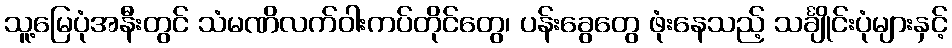
သူ့မြေပုံအနီးတွင် သံမဏိလက်ဝါးကပ်တိုင်တွေ၊ ပန်းခွေတွေ ဖုံးနေသည့် သင်္ချိုင်းပုံများနှင့်